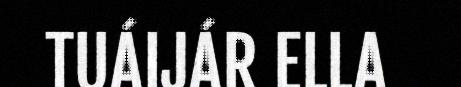
TUÁIJÁR ELLA